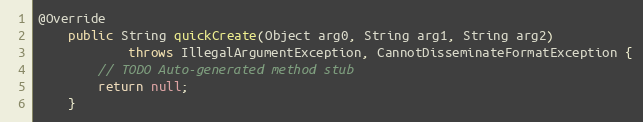
Language: Java
@Override
    public String quickCreate(Object arg0, String arg1, String arg2)
            throws IllegalArgumentException, CannotDisseminateFormatException {
        // TODO Auto-generated method stub
        return null;
    }